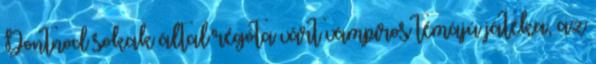
Dontnod sokak által régóta várt vámpíros témájú játéka, az